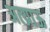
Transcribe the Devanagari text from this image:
अत्य्राऊ